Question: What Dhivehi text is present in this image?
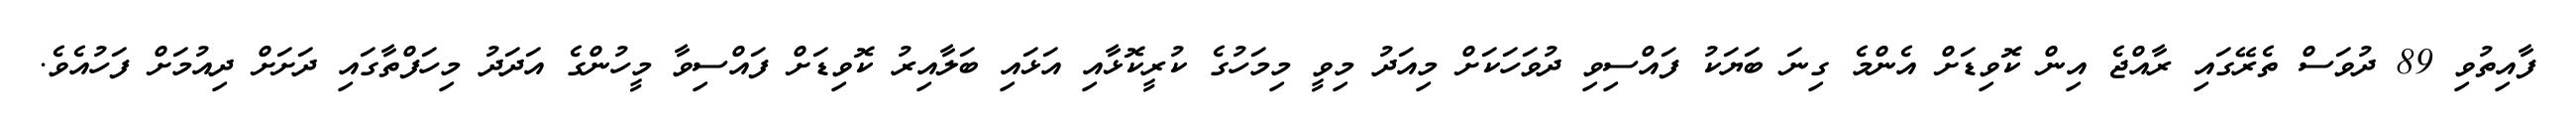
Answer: ފާއިތުވި 89 ދުވަސް ތެރޭގައި ރާއްޖެ އިން ކޮވިޑަށް އެންމެ ގިނަ ބަޔަކު ފައްސިވި ދުވަހަކަށް މިއަދު މިވީ މިމަހުގެ ކުރީކޮޅާއި އަޅައި ބަލާއިރު ކޮވިޑަށް ފައްސިވާ މީހުންގެ އަދަދު މިހަފްތާގައި ދަށަށް ދިއުމަށް ފަހުއެވެ.